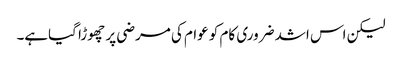
لیکن اس اشد ضروری کام کو عوام کی مرضی پر چھوڑا گیاہے۔